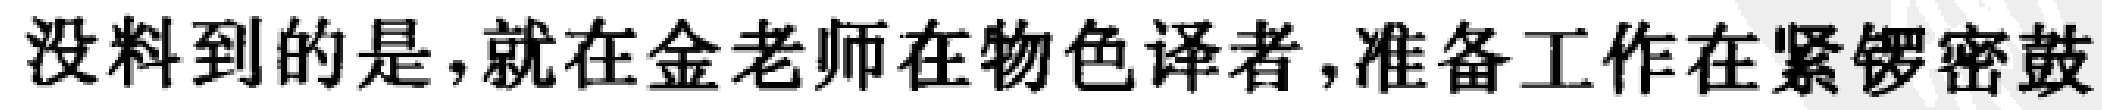
没料到的是,就在金老师在物色译者,准备工作在紧锣密鼓